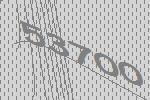
53700